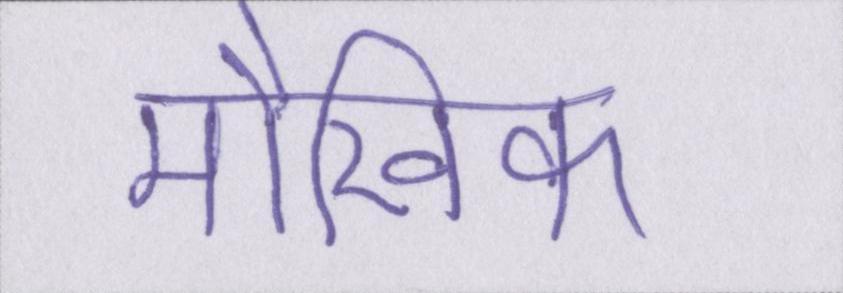
मौखिक